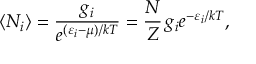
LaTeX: \langle N _ { i } \rangle = { \frac { g _ { i } } { e ^ { ( \varepsilon _ { i } - \mu ) / k T } } } = { \frac { N } { Z } } \, g _ { i } e ^ { - \varepsilon _ { i } / k T } ,